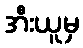
အီးယူမှ